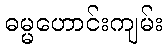
ဓမ္မဟောင်းကျမ်း